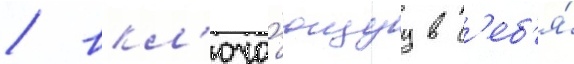
/ вкл'юча́ющуу в с'еб'я́